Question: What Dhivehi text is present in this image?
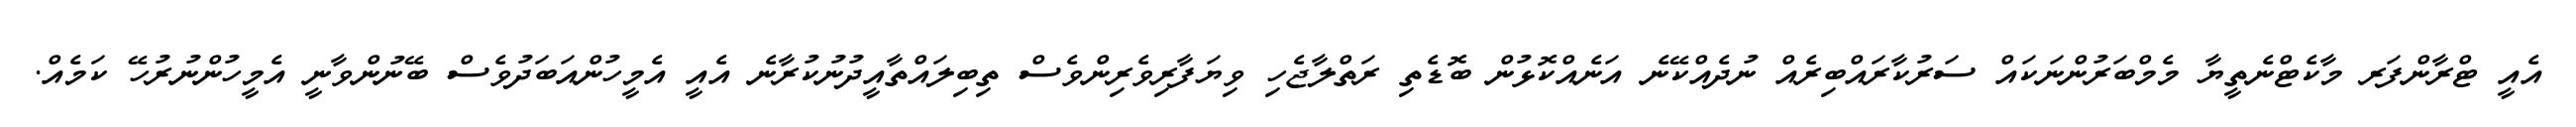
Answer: އެއީ ޓްރާންފަރ މާކެޓްނެތީޔާ މެމްބަރުންނަކައް ސަރުކާރައްބިރެއް ނުދެއްކޭނެ އަނެއްކޮޅުން ބޮޑެތި ރަތްލާޖެހި ވިޔަފާރިވެރިންވެސް ތިބިލައްތާއީދުނުކުރާނެ އެއީ އެމީހުންއަބަދުވެސް ބޭނުންވާނީ އެމީހުންނުރުހޭ ކަމެއް.